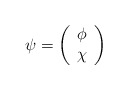
\begin{align*}\psi =\left( \begin{array}{c}\phi \\ \chi\end{array}\right) \end{align*}